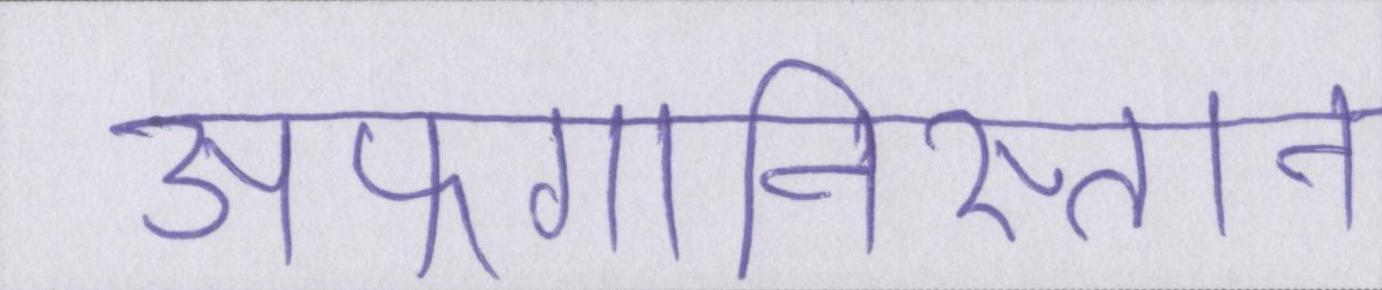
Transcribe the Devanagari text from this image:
अफगानिस्तान